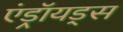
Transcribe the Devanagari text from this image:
एंड्रॉयड्स